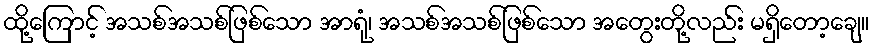
ထို့ကြောင့် အသစ်အသစ်ဖြစ်သော အာရုံ၊ အသစ်အသစ်ဖြစ်သော အတွေးတို့လည်း မရှိတော့ချေ။